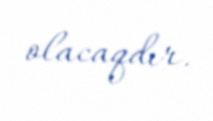
olacaqdır.